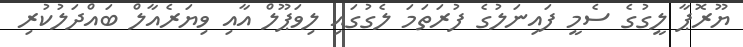
ޔޫރޮޕާ ލީގުގެ ސެމީ ފައިނަލުގެ ފުރަތަމަ ލެގުގައި ލިވަޕޫލް އާއި ވިޔަރެއާލް ބައްދަލުކުރި